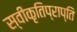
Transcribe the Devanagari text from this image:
स्वीकृतिप्राप्ति